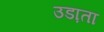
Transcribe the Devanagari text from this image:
उडा़ता